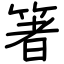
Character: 箸